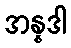
အန္နဒါ